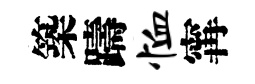
築躊恤𡩋